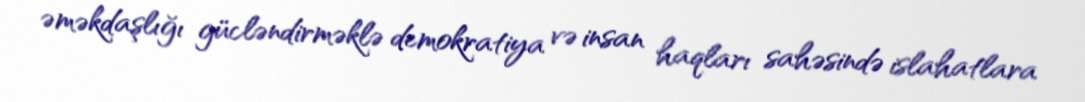
əməkdaşlığı gücləndirməklə demokratiya və insan haqları sahəsində islahatlara